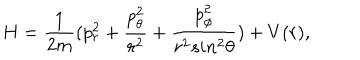
H = { \frac { 1 } { 2 m } } ( p _ { r } ^ { 2 } + { \frac { p _ { \theta } ^ { 2 } } { r ^ { 2 } } } + { \frac { p _ { \phi } ^ { 2 } } { r ^ { 2 } s i n ^ { 2 } \theta } } ) + V ( r ) ,